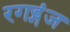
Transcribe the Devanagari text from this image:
रगड्गंज